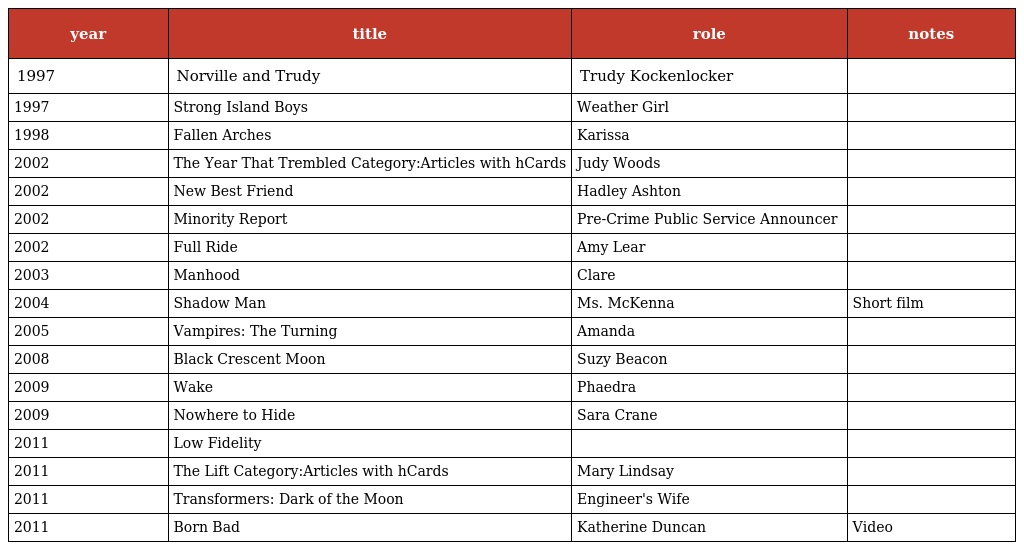
| year | title | role | notes |
 | --- | --- | --- | --- |
 | 1997 | Norville and Trudy | Trudy Kockenlocker |  |
 | 1997 | Strong Island Boys | Weather Girl |  |
 | 1998 | Fallen Arches | Karissa |  |
 | 2002 | The Year That Trembled Category:Articles with hCards | Judy Woods |  |
 | 2002 | New Best Friend | Hadley Ashton |  |
 | 2002 | Minority Report | Pre-Crime Public Service Announcer |  |
 | 2002 | Full Ride | Amy Lear |  |
 | 2003 | Manhood | Clare |  |
 | 2004 | Shadow Man | Ms. McKenna | Short film |
 | 2005 | Vampires: The Turning | Amanda |  |
 | 2008 | Black Crescent Moon | Suzy Beacon |  |
 | 2009 | Wake | Phaedra |  |
 | 2009 | Nowhere to Hide | Sara Crane |  |
 | 2011 | Low Fidelity |  |  |
 | 2011 | The Lift Category:Articles with hCards | Mary Lindsay |  |
 | 2011 | Transformers: Dark of the Moon | Engineer's Wife |  |
 | 2011 | Born Bad | Katherine Duncan | Video |